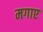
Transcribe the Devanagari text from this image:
मगाए